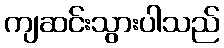
ကျဆင်းသွားပါသည်